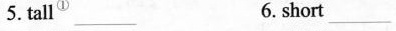
5. tall_________6. short _________